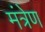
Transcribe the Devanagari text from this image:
मंत्रेण